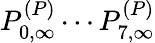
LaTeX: P_{0,\infty}^{(P)}\cdots P_{7,\infty}^{(P)}